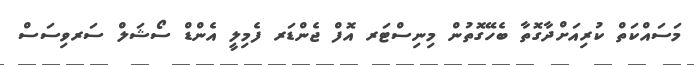
މަސައްކަތް ކުރިއަށްދާގޮތާ ބެހޭގޮތުން މިނިސްޓަރ އޮފް ޖެންޑަރ ފެމިލީ އެންޑް ސޯޝަލް ސަރވިސަސް